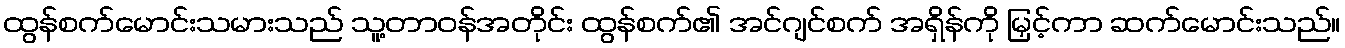
ထွန်စက်မောင်းသမားသည် သူ့တာဝန်အတိုင်း ထွန်စက်၏ အင်ဂျင်စက် အရှိန်ကို မြှင့်ကာ ဆက်မောင်းသည်။